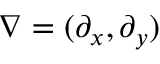
\nabla = ( \partial _ { x } , \partial _ { y } )